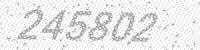
Solution: 245802